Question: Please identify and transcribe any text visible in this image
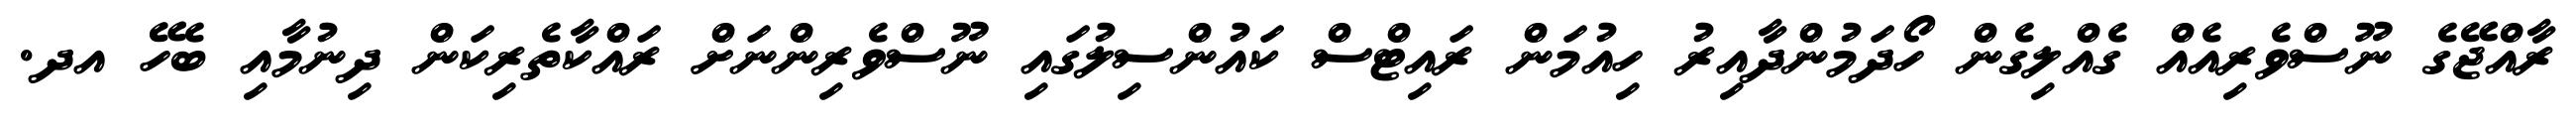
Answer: ރާއްޖޭގެ ނޫސްވެރިއެއް ގެއްލިގެން ހޯދަމުންދާއިރު ހިއުމަން ރައިޓްސް ކައުންސިލުގައި ނޫސްވެރިންނަށް ރައްކާތެރިކަން ދިނުމާއި ބެހޭ އދ.